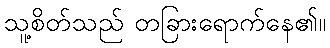
သူ့စိတ်သည် တခြားရောက်နေ၏။